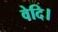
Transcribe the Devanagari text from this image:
वेदि।